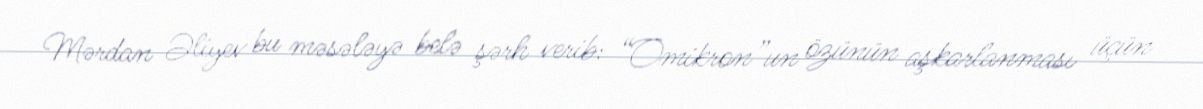
Mərdan Əliyev bu məsələyə belə şərh verib: “Omikron”un özünün aşkarlanması üçün